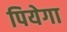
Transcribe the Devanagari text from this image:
पियेगा